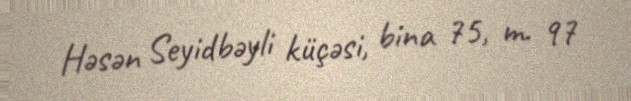
Həsən Seyidbəyli küçəsi, bina 75, m. 97